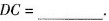
$$D C = ___$$.